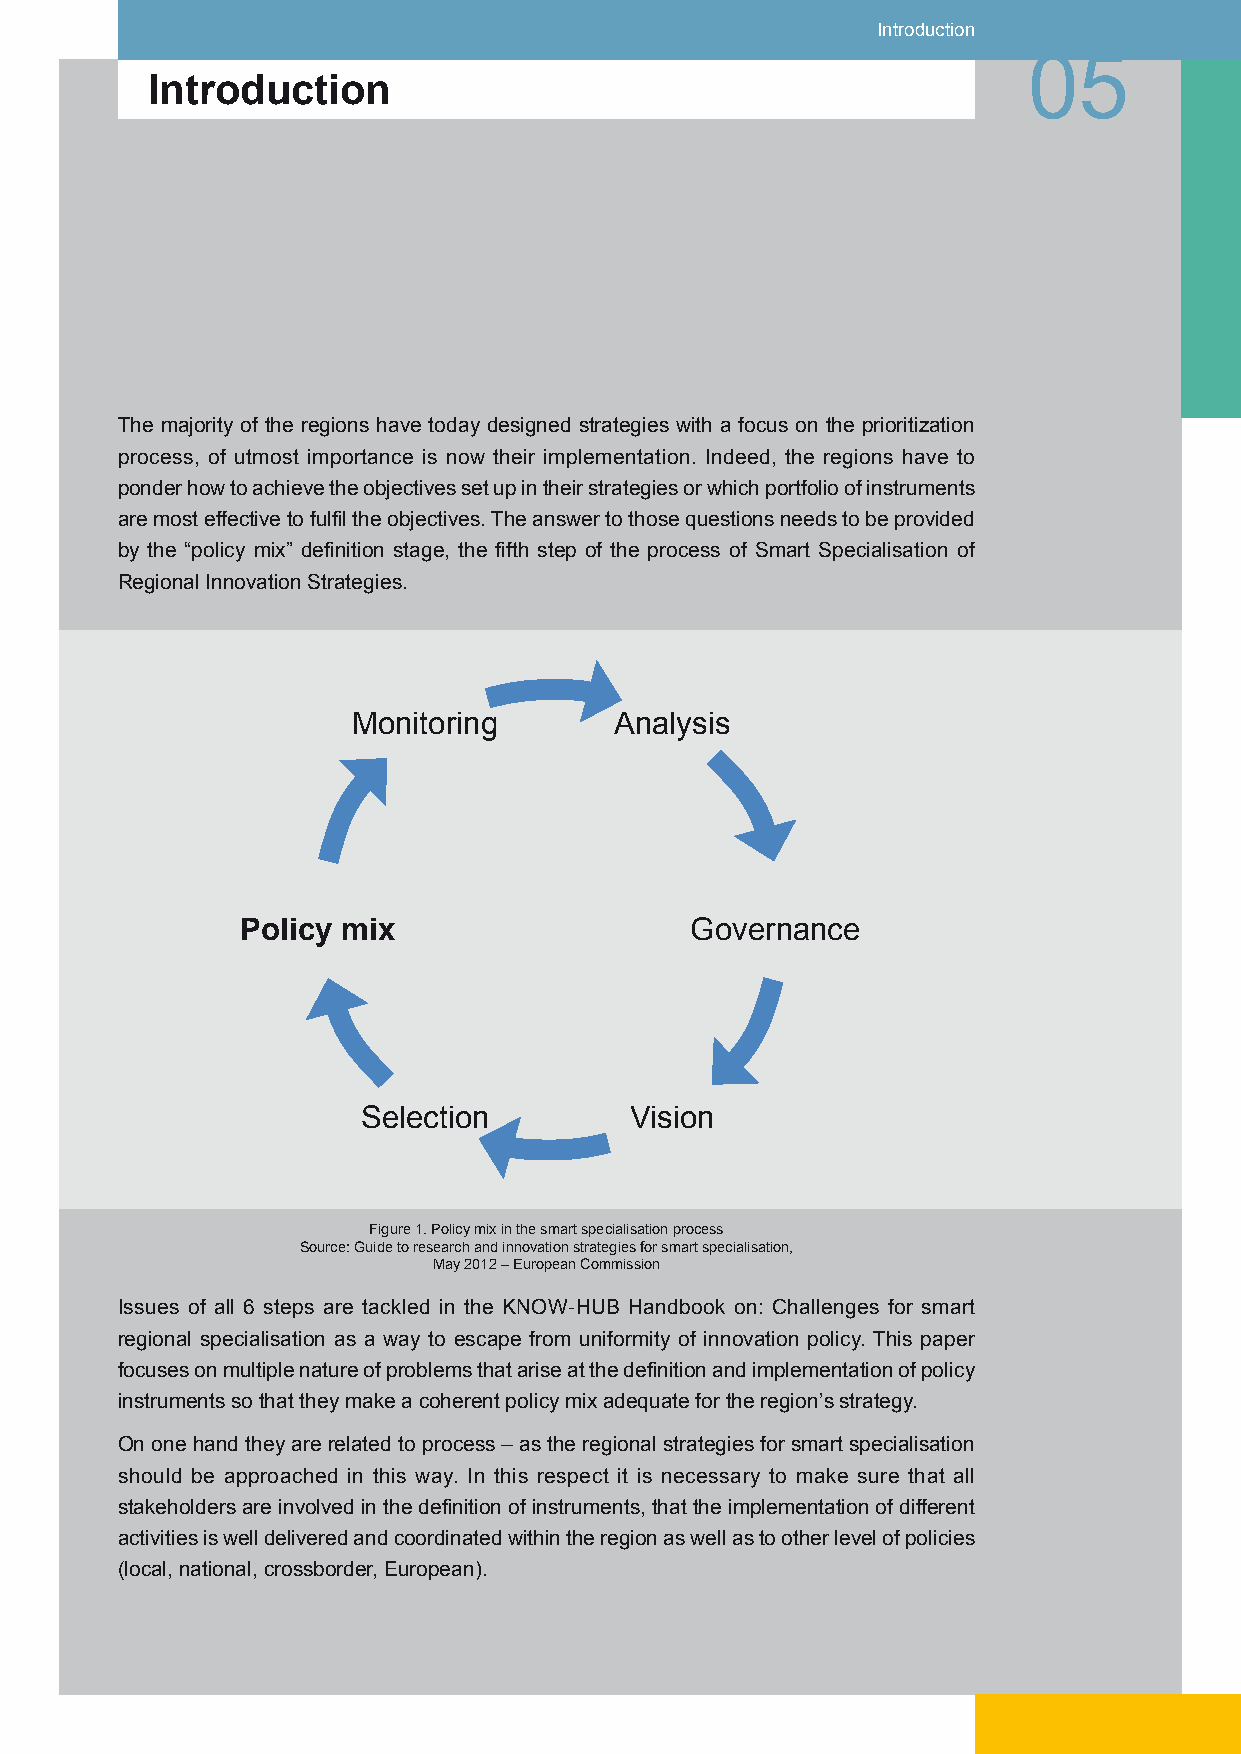
Introduction
 05
 Introduction
 The majority of the regions have today designed strategies with a focus on the prioritization
 process, of utmost importance is now their implementation. Indeed, the regions have to
 ponder how to achieve the objectives set up in their strategies or which portfolio of instruments
 are most effective to fulfil the objectives. The answer to those questions needs to be provided
 by the “policy mix” definition stage, the fifth step of the process of Smart Specialisation of
 Regional Innovation Strategies.
 Monitoring        Analysis
 Policy mix                    Governance
 Selection         Vision
 Figure 1. Policy mix in the smart specialisation process
 Source: Guide to research and innovation strategies for smart specialisation,
 May 2012 – European Commission
 Issues of all 6 steps are tackled in the KNOW-HUB Handbook on: Challenges for smart
 regional specialisation as a way to escape from uniformity of innovation policy. This paper
 focuses on multiple nature of problems that arise at the definition and implementation of policy
 instruments so that they make a coherent policy mix adequate for the region’s strategy.
 On one hand they are related to process – as the regional strategies for smart specialisation
 should be approached in this way. In this respect it is necessary to make sure that all
 stakeholders are involved in the definition of instruments, that the implementation of different
 activities is well delivered and coordinated within the region as well as to other level of policies
 (local, national, crossborder, European).